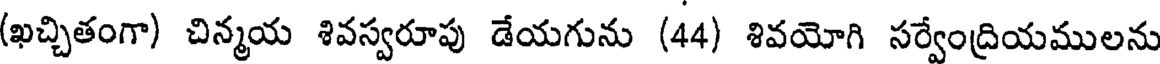
(ఖచ్చితంగా) చిన్మయ శివస్వరూపు డేయగును (44) శివయోగి సర్వేంద్రియములను